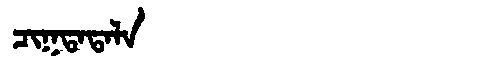
Manchu: ᠴᡳᡴᡨᠠᡨᠠᠯᠠ
Romanization: CIKTATALA